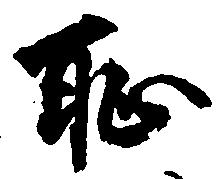
恥